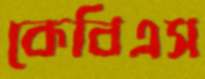
কেবিএস